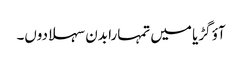
آؤ گڑیا میں تمہارا بدن سہلا دوں۔